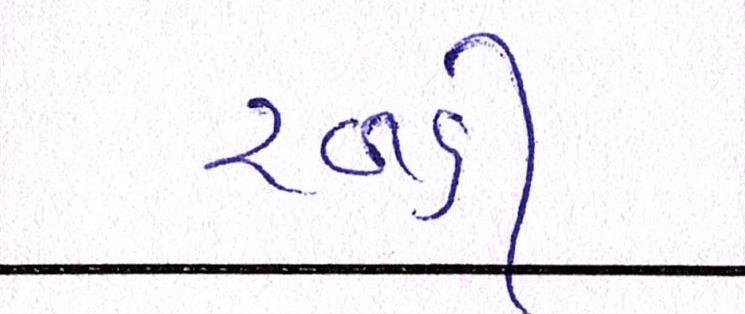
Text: રબડી